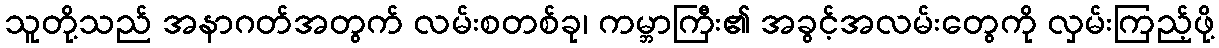
သူတို့သည် အနာဂတ်အတွက် လမ်းစတစ်ခု၊ ကမ္ဘာကြီး၏ အခွင့်အလမ်းတွေကို လှမ်းကြည့်ဖို့